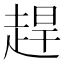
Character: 趕